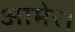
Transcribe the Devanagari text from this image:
आमेर।